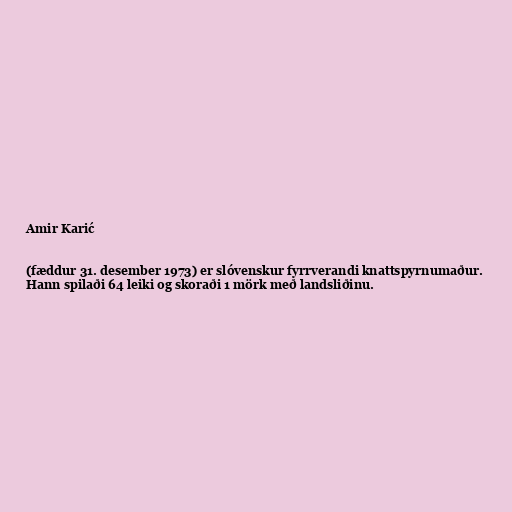
Amir Karić

(fæddur 31. desember 1973) er slóvenskur fyrrverandi knattspyrnumaður.
Hann spilaði 64 leiki og skoraði 1 mörk með landsliðinu.